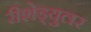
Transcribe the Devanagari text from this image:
रीशेड्युलर